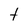
Character: t